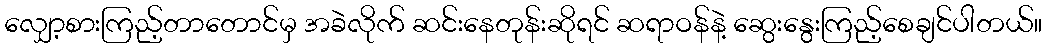
လျှော့စားကြည့်တာတောင်မှ အခဲလိုက် ဆင်းနေတုန်းဆိုရင် ဆရာဝန်နဲ့ ဆွေးနွေးကြည့်စေချင်ပါတယ်။